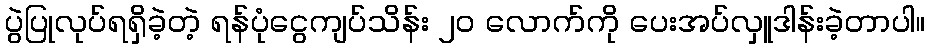
ပွဲပြုလုပ်ရရှိခဲ့တဲ့ ရန်ပုံငွေကျပ်သိန်း ၂၀ လောက်ကို ပေးအပ်လှူဒါန်းခဲ့တာပါ။